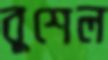
বুশেল